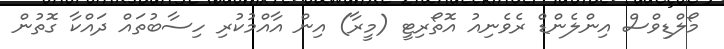
މޯލްޑިވްސް އިންލެންޑް ރެވެނިއު އޮތޯރިޓީ (މީރާ) އިން އާއްމުކުރި ހިސާބުތައް ދައްކާ ގޮތުން